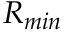
R _ { m i n }